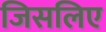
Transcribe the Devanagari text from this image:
जिसलिए